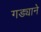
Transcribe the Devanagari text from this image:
गड्याने